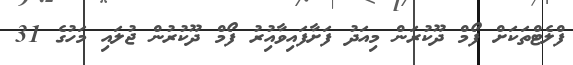
ފްލެޓްތަކަށް ފޯމް ދޫކުރަން މިއަދު ފަށާފައިވާއިުރު ފޯމް ދޫކުރުން ޖުލައި މަހުގެ 31